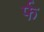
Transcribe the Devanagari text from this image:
र्फ